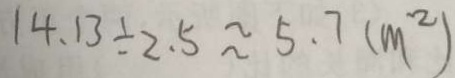
1 4 . 1 3 \div 2 . 5 \approx 5 . 7 ( m ^ { 2 } )